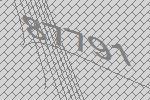
87791